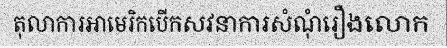
តុលាការអាមេរិកបើកសវនាការសំណុំរឿងលោក